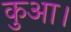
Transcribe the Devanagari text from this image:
कुआ।